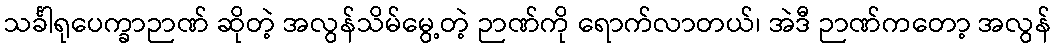
သင်္ခါရုပေက္ခာဉာဏ် ဆိုတဲ့ အလွန်သိမ်မွေ့တဲ့ ဉာဏ်ကို ရောက်လာတယ်၊ အဲဒီ ဉာဏ်ကတော့ အလွန်